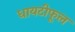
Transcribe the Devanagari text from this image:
धायटीफूल